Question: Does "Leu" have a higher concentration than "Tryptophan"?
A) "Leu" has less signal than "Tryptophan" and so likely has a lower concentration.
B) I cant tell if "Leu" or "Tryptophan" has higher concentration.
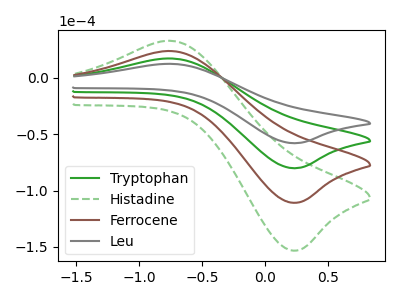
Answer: <think>The green curve "Tryptophan" has an anodic peak at (-0.75V, 17.10uA) and a cathodic peak at (0.25V, -80.10uA). The green dashed curve "Histadine" has an anodic peak at (-0.75V, 51.30uA) and a cathodic peak at (0.25V, -240.30uA). The brown curve "Ferrocene" has an anodic peak at (-0.75V, 34.20uA) and a cathodic peak at (0.25V, -160.20uA). The gray curve "Leu" has an anodic peak at (-0.75V, 12.35uA) and a cathodic peak at (0.25V, -57.90uA).
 All the peaks in "Leu" have a peak in "Tryptophan" at the same potential. Every peak in "Leu" is lower than every peak in "Tryptophan".</think>
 <answer>A) "Leu" has less signal than "Tryptophan" and so likely has a lower concentration.</answer>
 <eval>A</eval>